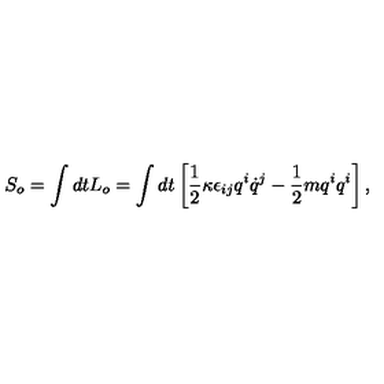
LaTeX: S _ { o } = \int d t L _ { o } = \int d t \left[ \frac { 1 } { 2 } { \kappa } \epsilon _ { i j } q ^ { i } \dot { q } ^ { j } - \frac { 1 } { 2 } m q ^ { i } q ^ { i } \right] ,